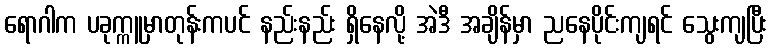
ရောဂါက ပခုက္ကူမှာတုန်းကပင် နည်းနည်း ရှိနေလို့ အဲဒီ အချိန်မှာ ညနေပိုင်းကျရင် သွေးကျပြီး